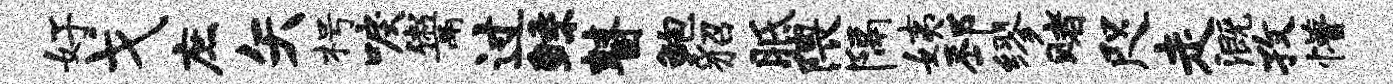
好戈庶矢枵唳鬻过鲧瞽鲍貂胝隈隔姨邳缪赌咫走溉孜懵